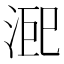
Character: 𭰨